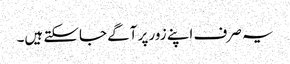
یہ صرف اپنے زور پر آگے جاسکتے ہیں۔